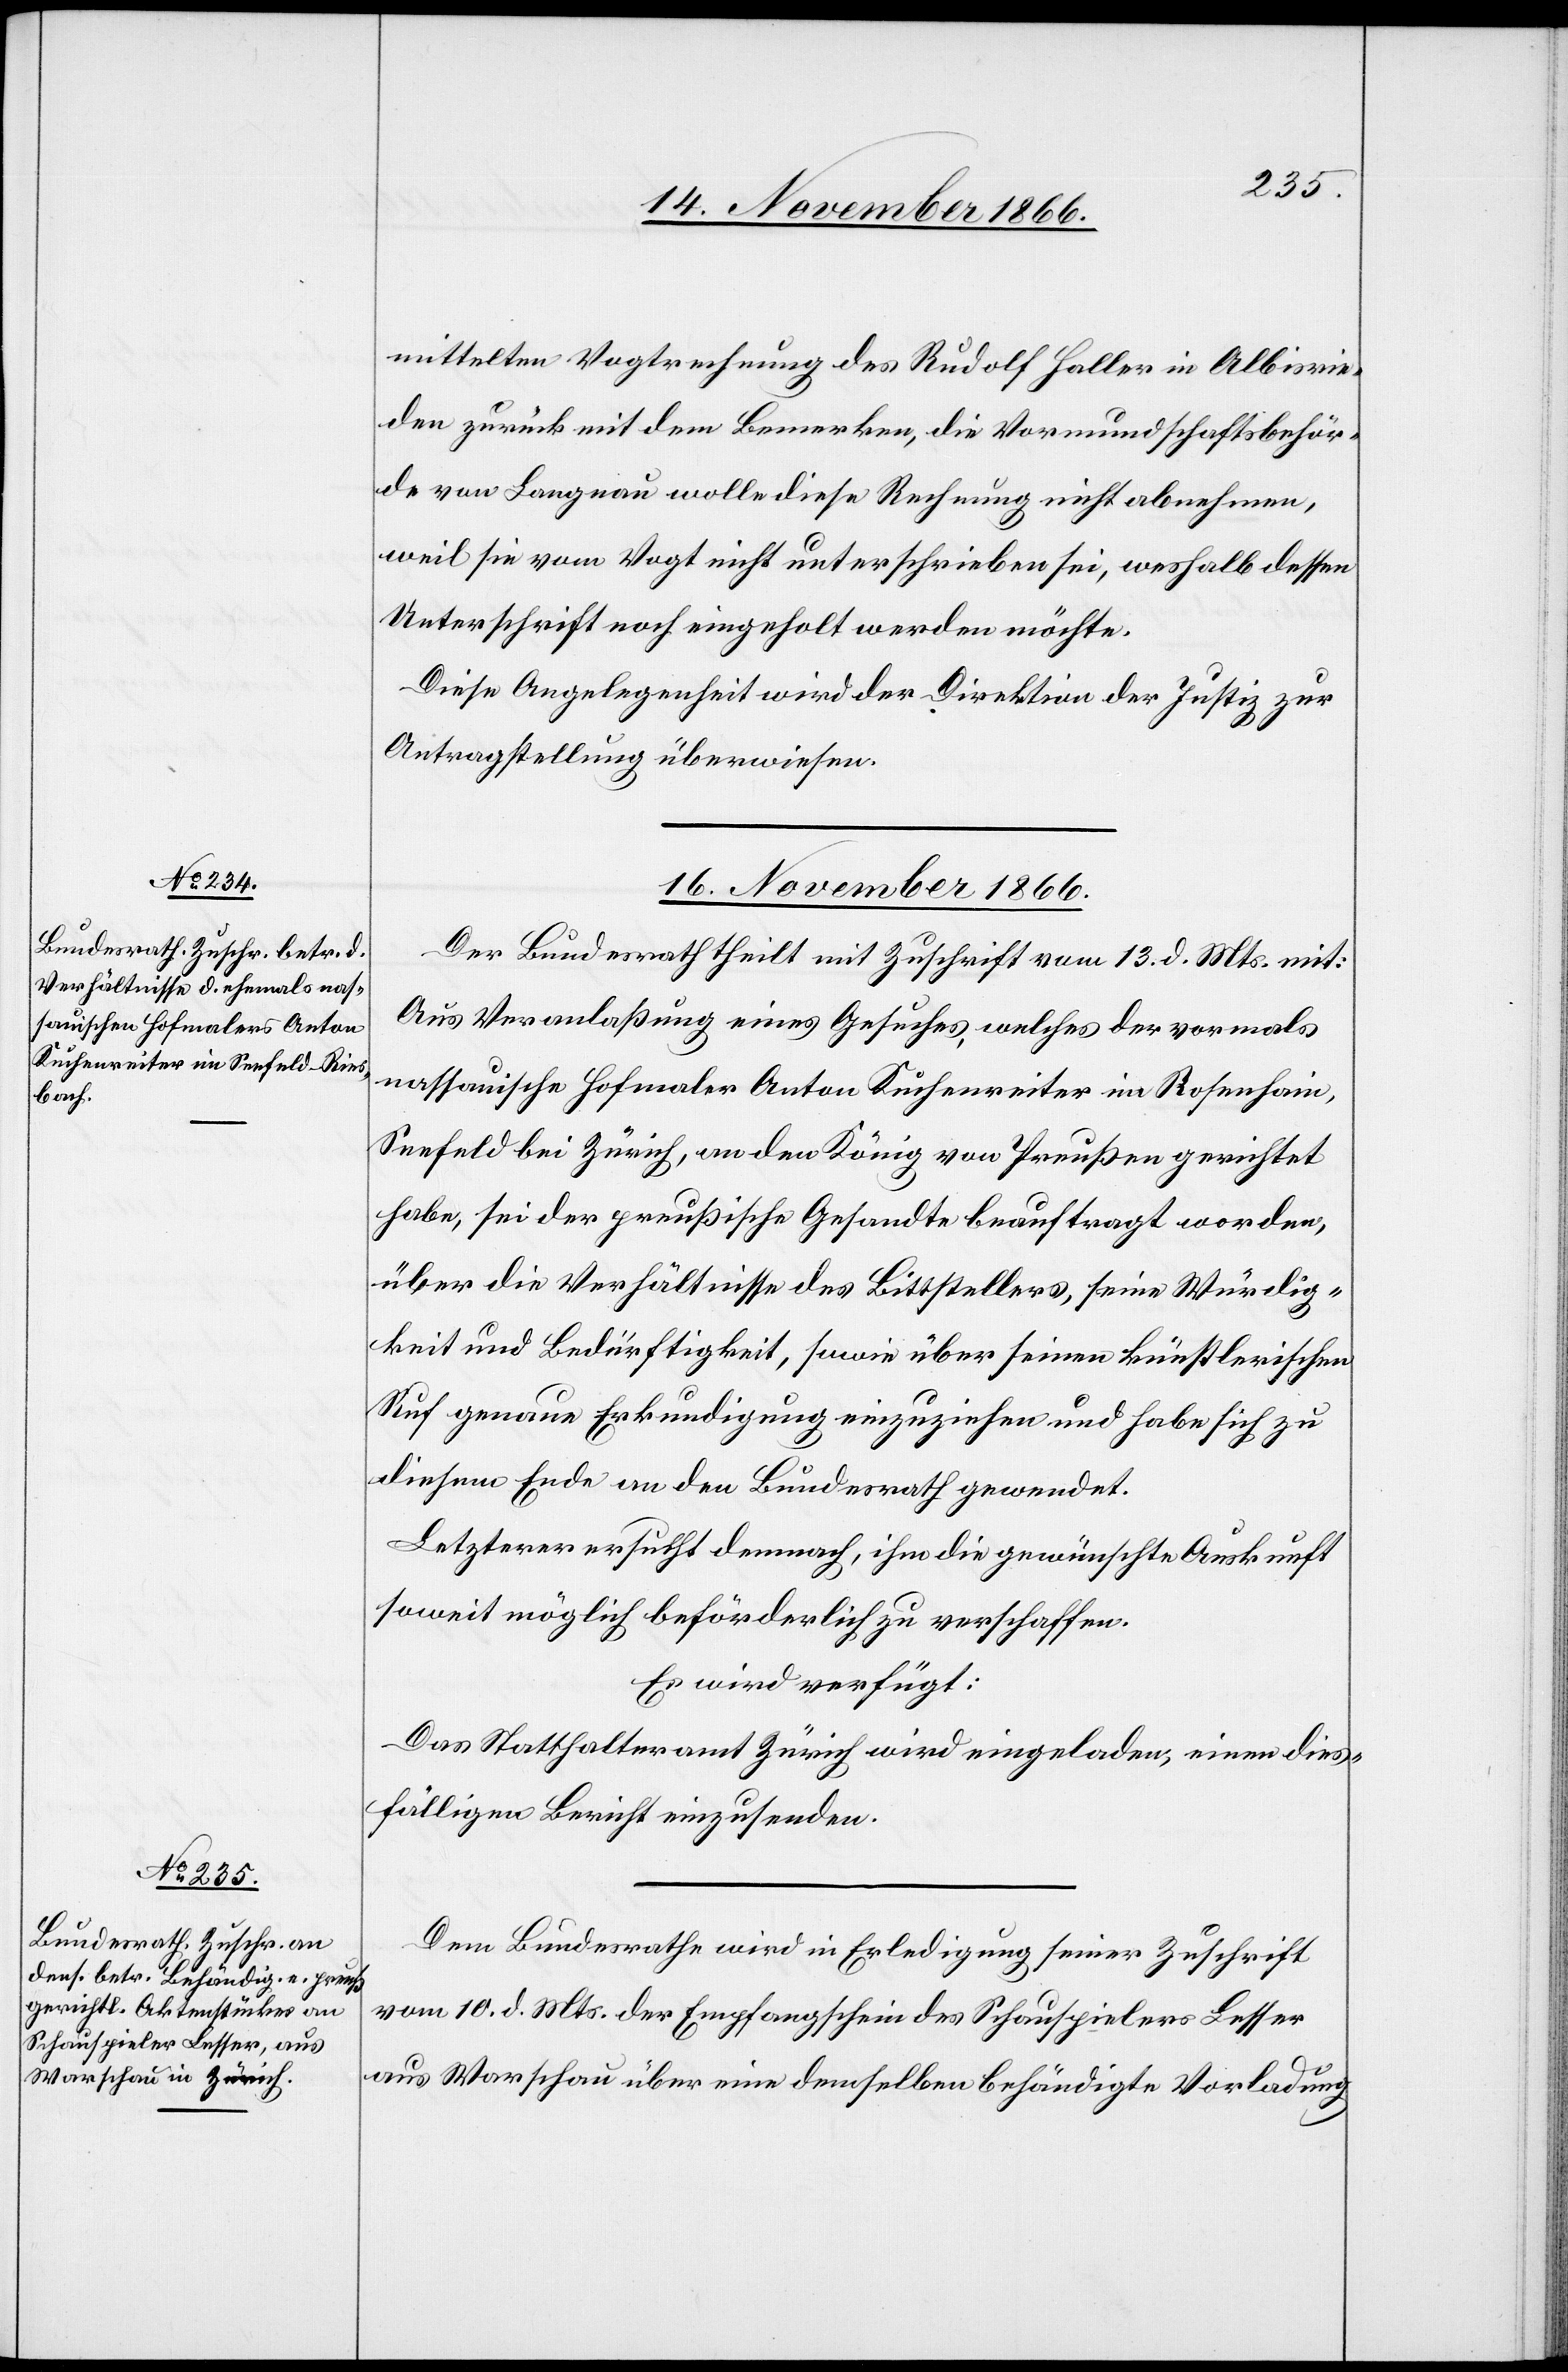
mittelten Vogtrechnung des Rudolf Haller in Albisrie¬
den zurück mit dem Bemerken, die Vormundschaftsbehör¬
de von Langnau wolle diese Rechnung nicht abnehmen,
weil sie vom Vogt nicht unterschrieben sei, weshalb dessen
Unterschrift noch eingeholt werden möchte.
Diese Angelegenheit wird der Direktion der Justiz zur
Antragstellung überwiesen.
16. November 1866.]
Der Bundesrath theilt mit Zuschrift vom 13. d. Mts. mit:
Aus Veranlaßung eines Gesuches, welches der vormals
nassauische Hofmaler Anton Kuchenreiter im Rosenhain,
Seefeld bei Zürich, an den König von Preußen gerichtet
habe, sei der preußische Gesandte beauftragt worden,
über die Verhältnisse des Bittstellers, seine Würdig¬
keit und Bedürftigkeit, sowie über seinen künstlerischen
Ruf genaue Erkundigung einzuziehen und habe sich zu
diesem Ende an den Bundesrath gewendet.
Letzterer ersucht demnach, ihm die gewünschte Auskunft
soweit möglich beförderlich zu verschaffen.
Es wird verfügt:
Das Statthalteramt Zürich wird eingeladen, einen dies¬
fälligen Bericht einzusenden.
Dem Bundesrathe wird in Erledigung seiner Zuschrift
vom 10. d. Mts. der Empfangschein des Schauspielers Lesser
aus Warschau über eine demselben behändigte Vorladung